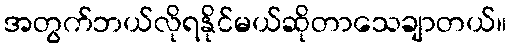
အတွက်ဘယ်လိုရနိုင်မယ်ဆိုတာသေချာတယ်။